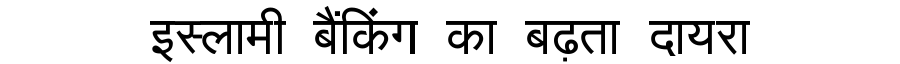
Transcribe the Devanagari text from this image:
इस्लामी बैंकिंग का बढ़ता दायरा